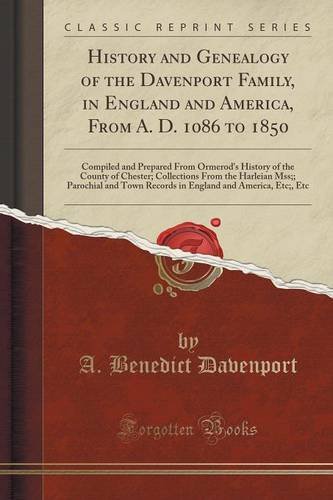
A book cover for History and Genealogy of the Davenport Family, in England and America, From A. D. 1086 to 1850: Compiled and Prepared From Ormerod's History of the ... and Town Records in England and America, E; A. Benedict Davenport; Reference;